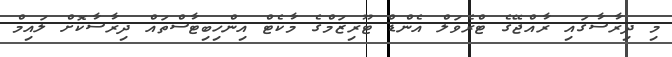
މި ދިރާސާގައި ރާއްޖޭގެ ޓްރެވަލް އެންޑް ޓޫރިޒަމްގެ މާކެޓް އިންހިބިޓާސްތައް ދިރާސާކޮށް ލައިމް